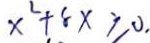
x ^ { 2 } + 8 x \geq 0